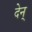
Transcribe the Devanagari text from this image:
देन्